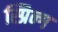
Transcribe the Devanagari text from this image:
स्प्रिन्ग